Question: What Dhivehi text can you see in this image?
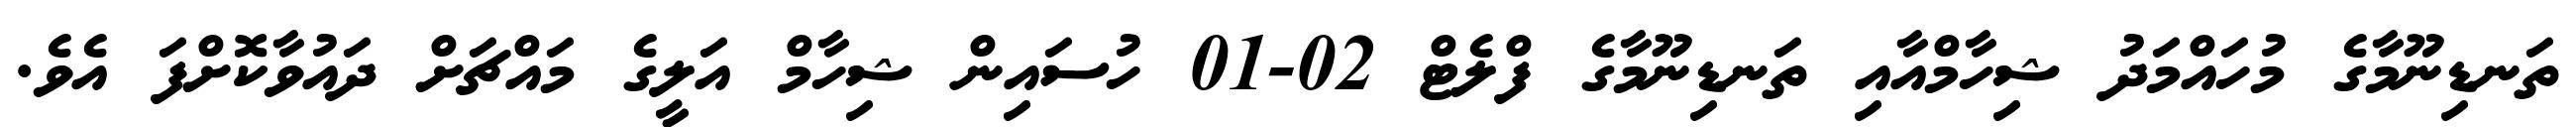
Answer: ތަނޑިނޫމާގެ މުހައްމަދު ޝިހާމްއާއި ތަނޑިނޫމާގެ ފްލެޓް 02-01 ހުސައިން ޝިހާމް އަލީގެ މައްޗަށް ދައުވާކޮށްފަ އެވެ.